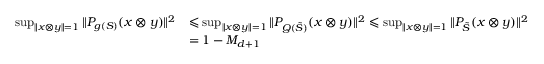
\begin{array} { r l } { \operatorname* { s u p } _ { \| x \otimes y \| = 1 } { \| P _ { g ( S ) } ( x \otimes y ) \| ^ { 2 } } } & { \leqslant \operatorname* { s u p } _ { \| x \otimes y \| = 1 } { \| P _ { Q ( \tilde { S } ) } ( x \otimes y ) \| ^ { 2 } } \leqslant \operatorname* { s u p } _ { \| x \otimes y \| = 1 } { \| P _ { \tilde { S } } ( x \otimes y ) \| ^ { 2 } } } \\ & { = 1 - M _ { d + 1 } } \end{array}